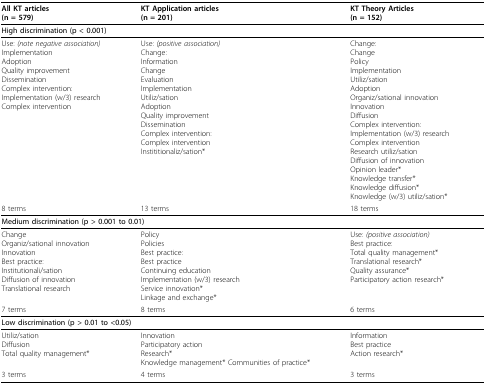
| All KT articles(n = 579) | KT Application articles(n = 201) | KT Theory Articles(n = 152) |
 | --- | --- | --- |
 | <COLSPAN=3> High discrimination (p < 0.001) |
 | Use: (note negative association)ImplementationAdoptionQuality improvementDisseminationComplex intervention:Implementation (w/3) researchComplex intervention | Use: (positive association)Change:InformationChangeEvaluationImplementationUtiliz/sationAdoptionQuality improvementDisseminationComplex intervention:Complex interventionInstititionaliz/sation* | Change:ChangePolicyImplementationUtiliz/sationAdoptionOrganiz/sational innovationInnovationDiffusionComplex intervention:Implementation (w/3) researchComplex interventionResearch utiliz/sationDiffusion of innovationOpinion leader*Knowledge transfer*Knowledge diffusion*Knowledge (w/3) utiliz/sation* |
 | 8 terms | 13 terms | 18 terms |
 | <COLSPAN=3> Medium discrimination (p > 0.001 to 0.01) |
 | ChangeOrganiz/sational innovationInnovationBest practice:Institutionali/sationDiffusion of innovationTranslational research | PolicyPoliciesBest practice:Best practiceContinuing educationImplementation (w/3) researchService innovation*Linkage and exchange* | Use: (positive association)Best practice:Total quality management*Translational research*Quality assurance*Participatory action research* |
 | 7 terms | 8 terms | 6 terms |
 | <COLSPAN=3> Low discrimination (p > 0.01 to <0.05) |
 | Utiliz/sationDiffusionTotal quality management* | InnovationParticipatory actionResearch*Knowledge management* Communities of practice* | InformationBest practiceAction research* |
 | 3 terms | 4 terms | 3 terms |